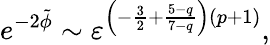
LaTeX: e^{-2\tilde{\phi}}\sim\varepsilon^{\left(-\frac{3}{2}+\frac{5-q}{7-q}\right)\left(p+1\right)},